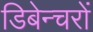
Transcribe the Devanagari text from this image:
डिबेन्‍चरों